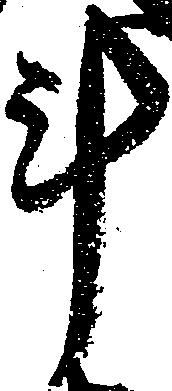
斗